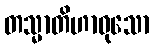
တသ္မာတိဟာဝုသော